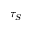
\tau _ { S }